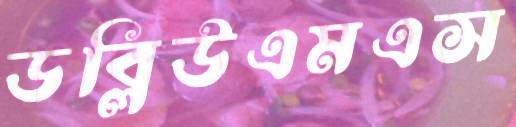
ডব্লিউএমএস